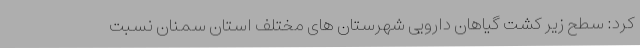
کرد: سطح زیر کشت گیاهان دارویی شهرستان های مختلف استان سمنان نسبت